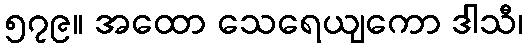
၅၇၉။ အထော သေရေယျကော ဒါသီ၊